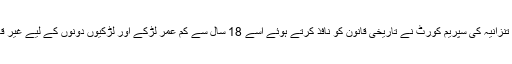
دوسری جانب تنزانیہ کی سپریم کورٹ نے تاریخی قانون کو نافذ کرتے ہوئے اسے 18 سال سے کم عمر لڑکے اور لڑکیوں دونوں کے لیے غیر قانونی قرار دیا۔